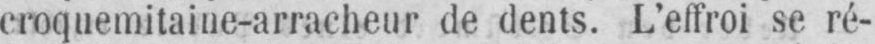
croquemitaine-arracheur de dents. L’effroi se ré-